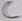
Text: C